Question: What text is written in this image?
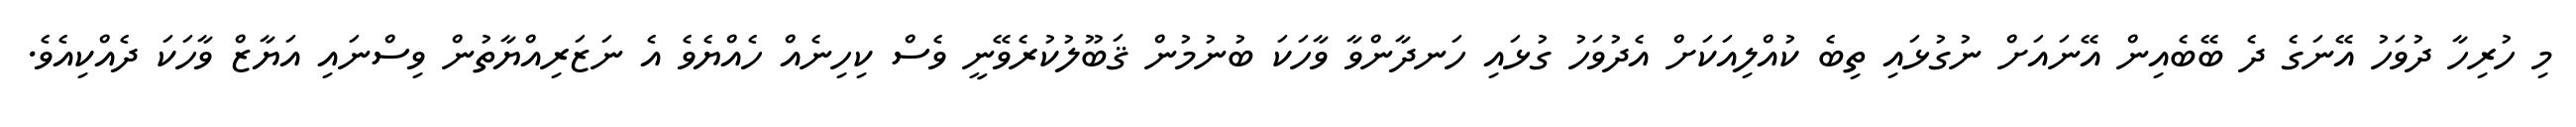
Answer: މި ހުރިހާ ދުވަހު އޭނަގެ ދެ ބޭބެއިން އޭނައަށް ނުގުޅައި ތިބެ ކުއްލިއަކަށް އެދުވަހު ގުޅައި ހަނދާންވާ ވާހަކަ ބުނުމުން ޤަބޫލުކުރެވޭނީ ވެސް ކިހިނެއް ހެއްޔެވެ އެ ނަޒަރިއްޔާތުން ވިސްނައި އަޔާޒް ވާހަކަ ދެއްކިއެވެ.